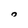
Character: 0